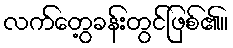
လက်တွေ့ခန်းတွင်ဖြစ်၏။